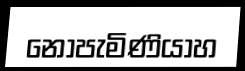
නොපැමිණියාහ